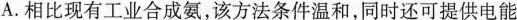
A. 相比现有工业合成氨，该方法条件温和，同时还可提供电能